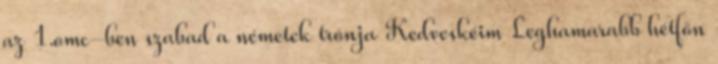
az 1.omc-ben szabad a németek trónja Kedveskéim Leghamarabb hétfőn